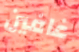
غافين